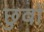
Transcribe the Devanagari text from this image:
छुवों